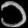
Digit: ၁